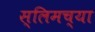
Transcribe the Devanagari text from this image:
स्लिमच्या